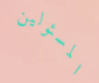
المسئولين